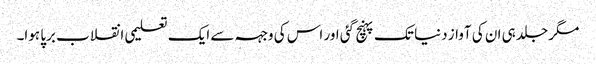
مگر جلد ہی ان کی آواز دنیا تک پہنچ گئی اور اس کی وجہہ سے ایک تعلیمی انقلاب برپا ہوا۔